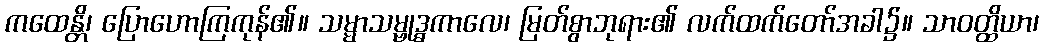
ကထေန္တိ၊ ပြောဟောကြကုန်၏။ သမ္မာသမ္ဗုဒ္ဓကာလေ၊ မြတ်စွာဘုရား၏ လက်ထက်တော်အခါ၌။ သာဝတ္ထိယာ၊